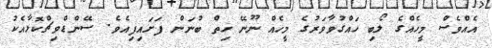
އެއްވެސް މީހެއްގެ ލޯބި ހައްގުވާވަރުގެ މީހެއް ނޫނޭ ހިތް ބުނަން ފަށައިފިއެވެ. ސޭންޑްވިޗްކޮޅާއެކު